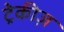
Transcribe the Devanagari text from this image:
ट्रेकीज़